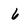
Character: 6